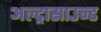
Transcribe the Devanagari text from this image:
अल्‍ट्रासाउन्‍ड